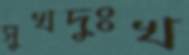
সুখদুঃখ